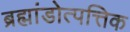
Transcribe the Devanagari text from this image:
ब्रह्मांडोत्पत्तिक